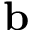
\textbf { b }